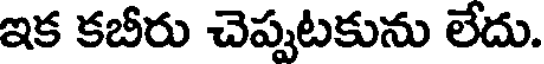
ఇక కబీరు చెప్పటకును లేదు.